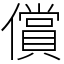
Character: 償